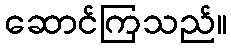
ဆောင်ကြသည်။